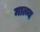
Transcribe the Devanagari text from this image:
मात्म्य